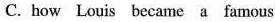
C. how Louis became a famous